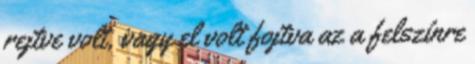
rejtve volt, vagy el volt fojtva az a felszínre